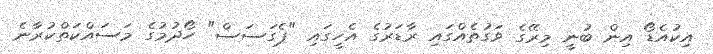
އިކުއެޑޯ އިން ބުނީ މިރޭގެ ވަގުތެއްގައި ރާޑަރުގެ އެހީގައި "ޕެގަސަސް" ހޯދުމުގެ މަސައްކަތްކުރާނެ